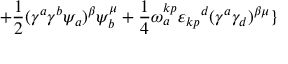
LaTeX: + { \frac { 1 } { 2 } } ( \gamma ^ { a } \gamma ^ { b } \psi _ { a } ) ^ { \beta } \psi _ { b } ^ { \mu } + { \frac { 1 } { 4 } } \omega _ { a } ^ { k p } { \varepsilon _ { k p } } ^ { d } ( \gamma ^ { a } \gamma _ { d } ) ^ { \beta \mu } \}